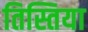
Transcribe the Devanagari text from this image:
तिस्तिया